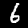
Label: 6